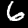
Label: 6